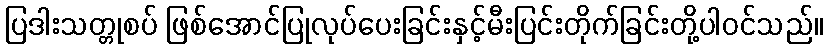
ပြဒါးသတ္တုစပ် ဖြစ်အောင်ပြုလုပ်ပေးခြင်းနှင့်မီးပြင်းတိုက်ခြင်းတို့ပါဝင်သည်။